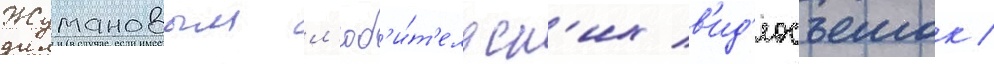
Жумановым л'юб'и́т'ельск'их в'ид'еосъемок /